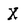
Character: X